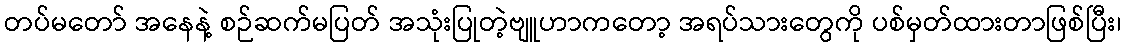
တပ်မတော် အနေနဲ့ စဉ်ဆက်မပြတ် အသုံးပြုတဲ့ဗျူဟာကတော့ အရပ်သားတွေကို ပစ်မှတ်ထားတာဖြစ်ပြီး၊